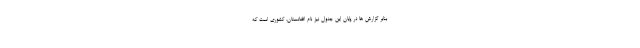
بنابر گزارش ها در پایان این جدول نیز نام افغانستان،‌ کشوری است که